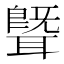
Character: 𬚢